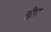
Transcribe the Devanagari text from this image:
छीत